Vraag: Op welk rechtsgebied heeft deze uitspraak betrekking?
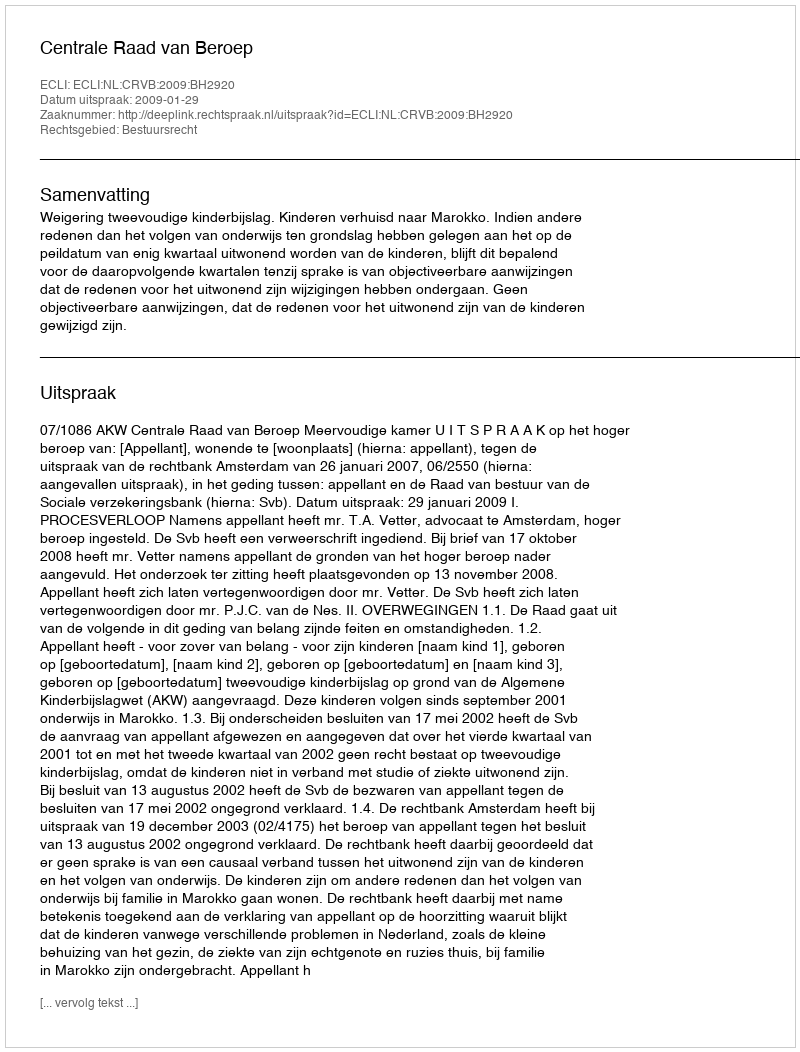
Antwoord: Bestuursrecht